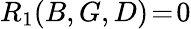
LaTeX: R_{1}(B,G,D)\! =\! 0